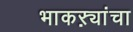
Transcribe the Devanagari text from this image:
भाकऱ्यांचा